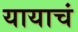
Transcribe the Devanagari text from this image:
यायाचं